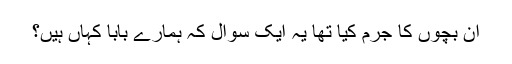
ان بچوں کا جرم کیا تھا یہ ایک سوال کہ ہمارے بابا کہاں ہیں؟